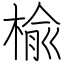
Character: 楡